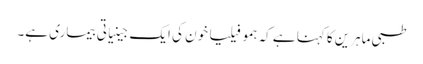
طبی ماہرین کا کہنا ہے کہ ہمو فیلیا خون کی ایک جینیاتی بیماری ہے۔